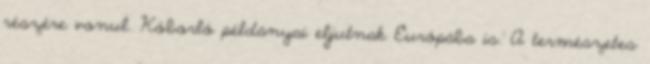
részére vonul. Kóborló példányai eljutnak Európába is. A természetes